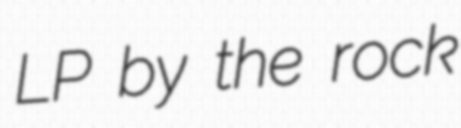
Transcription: LP by the rock